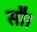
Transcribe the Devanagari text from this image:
सौ।